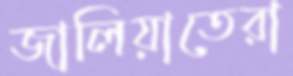
জালিয়াতেরা